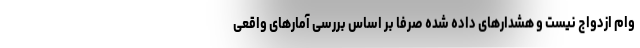
وام ازدواج نیست و هشدارهای داده شده صرفا بر اساس بررسی آمارهای واقعی